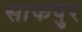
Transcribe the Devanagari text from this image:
साफपुर